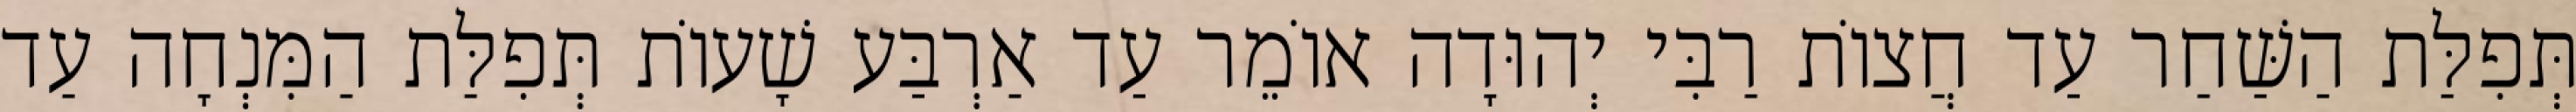
תְּפִלַּת הַשַּׁחַר עַד חֲצוֹת רַבִּי יְהוּדָה אוֹמֵר עַד אַרְבַּע שָׁעוֹת תְּפִלַּת הַמִּנְחָה עַד